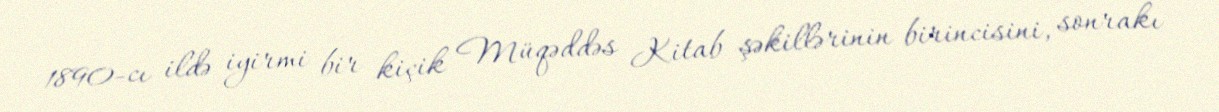
1890-cı ildə iyirmi bir kiçik Müqəddəs Kitab şəkillərinin birincisini, sonrakı